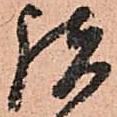
諸